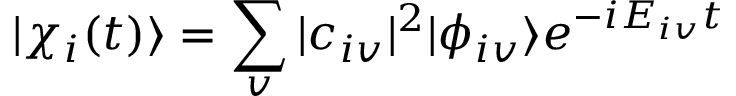
| \chi _ { i } ( t ) \rangle = \sum _ { v } | c _ { i v } | ^ { 2 } | \phi _ { i v } \rangle e ^ { - i E _ { i v } t }